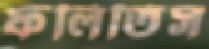
ফলিতিস